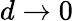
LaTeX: d\to 0